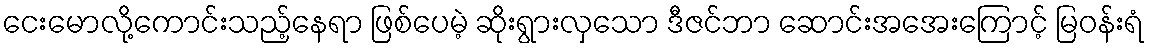
ငေးမောလို့ကောင်းသည့်နေရာ ဖြစ်ပေမဲ့ ဆိုးရွားလှသော ဒီဇင်ဘာ ဆောင်းအအေးကြောင့် မြဝန်းရံ